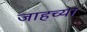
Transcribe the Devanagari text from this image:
जाहच्या